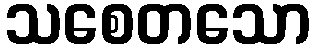
သစေတသော